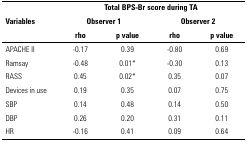
<table><thead><tr><td rowspan="3"><b>Variables</b></td><td colspan="4"><b>Total BPS-Br score during TA</b></td></tr><tr><td colspan="2"><b>Observer 1</b></td><td colspan="2"><b>Observer 2</b></td></tr><tr><td><b>rho</b></td><td><b>p value</b></td><td><b>rho</b></td><td><b>p value</b></td></tr></thead><tbody><tr><td>APACHE II</td><td>-0.17</td><td>0.39</td><td>-0.80</td><td>0.69</td></tr><tr><td>Ramsay</td><td>-0.48</td><td>0.01*</td><td>-0.30</td><td>0.13</td></tr><tr><td>RASS</td><td>0.45</td><td>0.02*</td><td>0.35</td><td>0.07</td></tr><tr><td>Devices in use</td><td>0.19</td><td>0.35</td><td>0.07</td><td>0.75</td></tr><tr><td>SBP</td><td>0.14</td><td>0.48</td><td>0.14</td><td>0.50</td></tr><tr><td>DBP</td><td>0.26</td><td>0.20</td><td>0.31</td><td>0.11</td></tr><tr><td>HR</td><td>-0.16</td><td>0.41</td><td>0.09</td><td>0.64</td></tr></tbody></table>